Black-water fever - Number 35
Disease focus: Fever
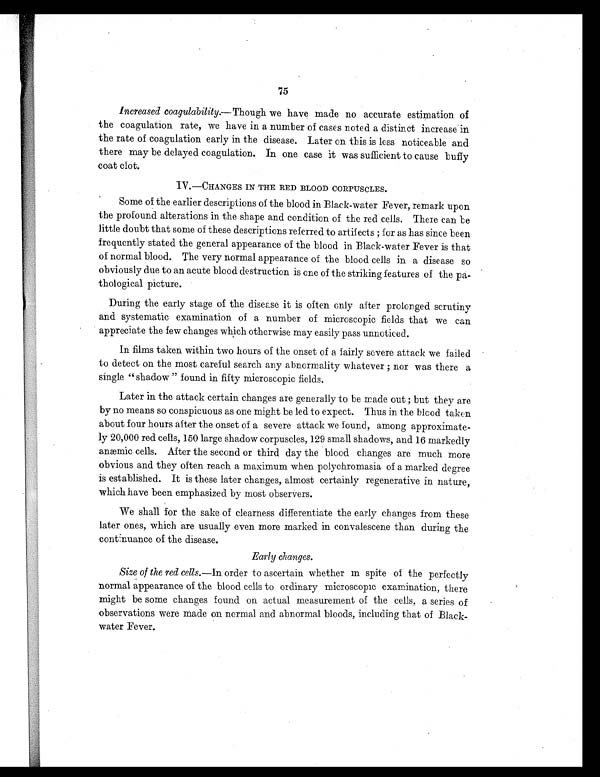
75
Increased coagulability.— T h o u g h
w e h a v e m a d e n o a c c u r a t e e s t i m a t i o n o f
the coagulation rate, we have in a number of cases noted a distinct increase in
the rate of coagulation early in the disease. Later on this is less noticeable and
there may be delayed coagulation. In one case it was sufficient to cause buffy
coat clot.
IV.—CHANGES IN THE RED BLOOD CORPUSCLES.
Some of the earlier descriptions of the blood in Black-water Fever, remark upon
the profound alterations in the shape and condition of the red cells. There can be
little doubt that some of these descriptions referred to artifects ; for as has since been
frequently stated the general appearance of the blood in Black-water Fever is that
of normal blood. The very normal appearance of the blood cells in a disease so
obviously due to an acute blood destruction is one of the striking features of the pa-
thological picture.
During the early stage of the disease it is often only after prolonged scrutiny
and systematic examination of a number of microscopic fields that we can
appreciate the few changes which otherwise may easily pass unnoticed.
In films taken within two hours of the onset of a fairly severe attack we failed
to detect on the most careful search any abnormality whatever ; nor was there a
single " shadow " found in fifty microscopic fields.
Later in the attack certain changes are generally to be made out ; but they are
by no means so conspicuous as one might be led to expect. Thus in the blood taken
about four hours after the onset of a severe attack we found, among approximate-
ly 20,000 red cells, 150 large shadow corpuscles, 129 small shadows, and 16 markedly
anæmic cells. After the second or third day the blood changes are much more
obvious and they often reach a maximum when polychromasia of a marked degree
is established. It is these later changes, almost certainly regenerative in nature,
which have been emphasized by most observers.
We shall for the sake of clearness differentiate the early changes from these
later ones, which are usually even more marked in convalescene than during the
continuance of the disease.
Early changes.
Size of the red cells.—In order to ascertain whether m spite of the perfectly
normal appearance of the blood cells to ordinary microscopic examination, there
might be some changes found on actual measurement of the cells, a series of
observations were made on normal and abnormal bloods, including that of Black-
water Fever.